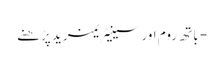
- باتھ روم اور سینیٹریمزید پڑھنے